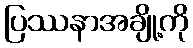
ပြဿနာအချို့ကို